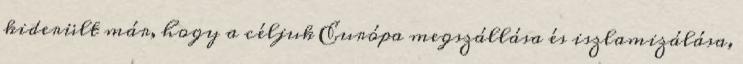
kiderült már, hogy a céljuk Európa megszállása és iszlamizálása,